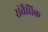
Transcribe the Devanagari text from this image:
संवैधिक